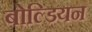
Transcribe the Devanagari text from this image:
बोल्डियन